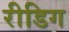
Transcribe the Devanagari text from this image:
रीडिग